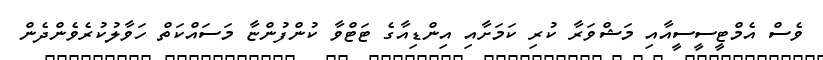
ވެސް އެމްޓީސީސީއާއި މަޝްވަރާ ކުރި ކަމަށާއި އިންޑިއާގެ ޓަޓްވާ ކުންފުންޏާ މަސައްކަތް ހަވާލުކުރެވެންދެން